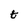
Character: t